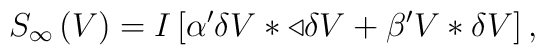
S_{\infty }\left( V\right) =I\left[ \alpha ^{\prime }\delta V\ast\triangleleft \delta V+\beta ^{\prime }V\ast \delta V\right] ,